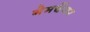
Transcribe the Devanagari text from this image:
गेमचेंजर